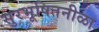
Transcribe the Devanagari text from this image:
सुरभूषितनीळा